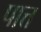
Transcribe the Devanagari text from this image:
पात्त